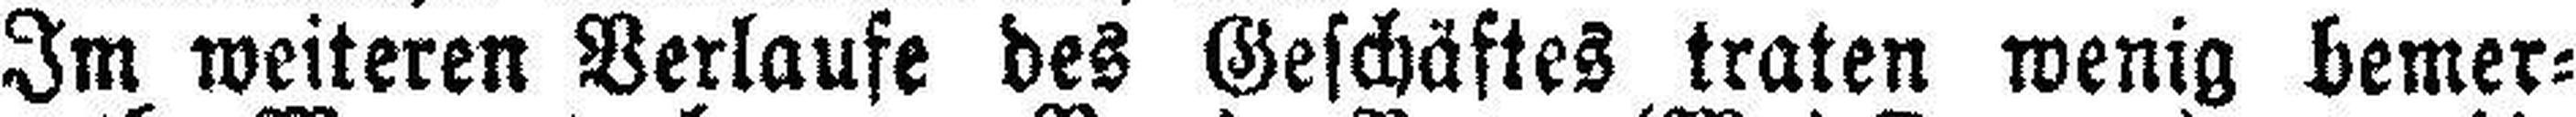
Im weiteren Verlaufe des Geschäftes traten wenig bemer¬